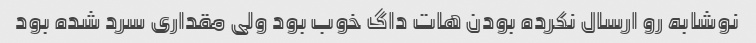
نوشابه رو ارسال نکرده بودن هات داگ خوب بود ولی مقداری سرد شده بود